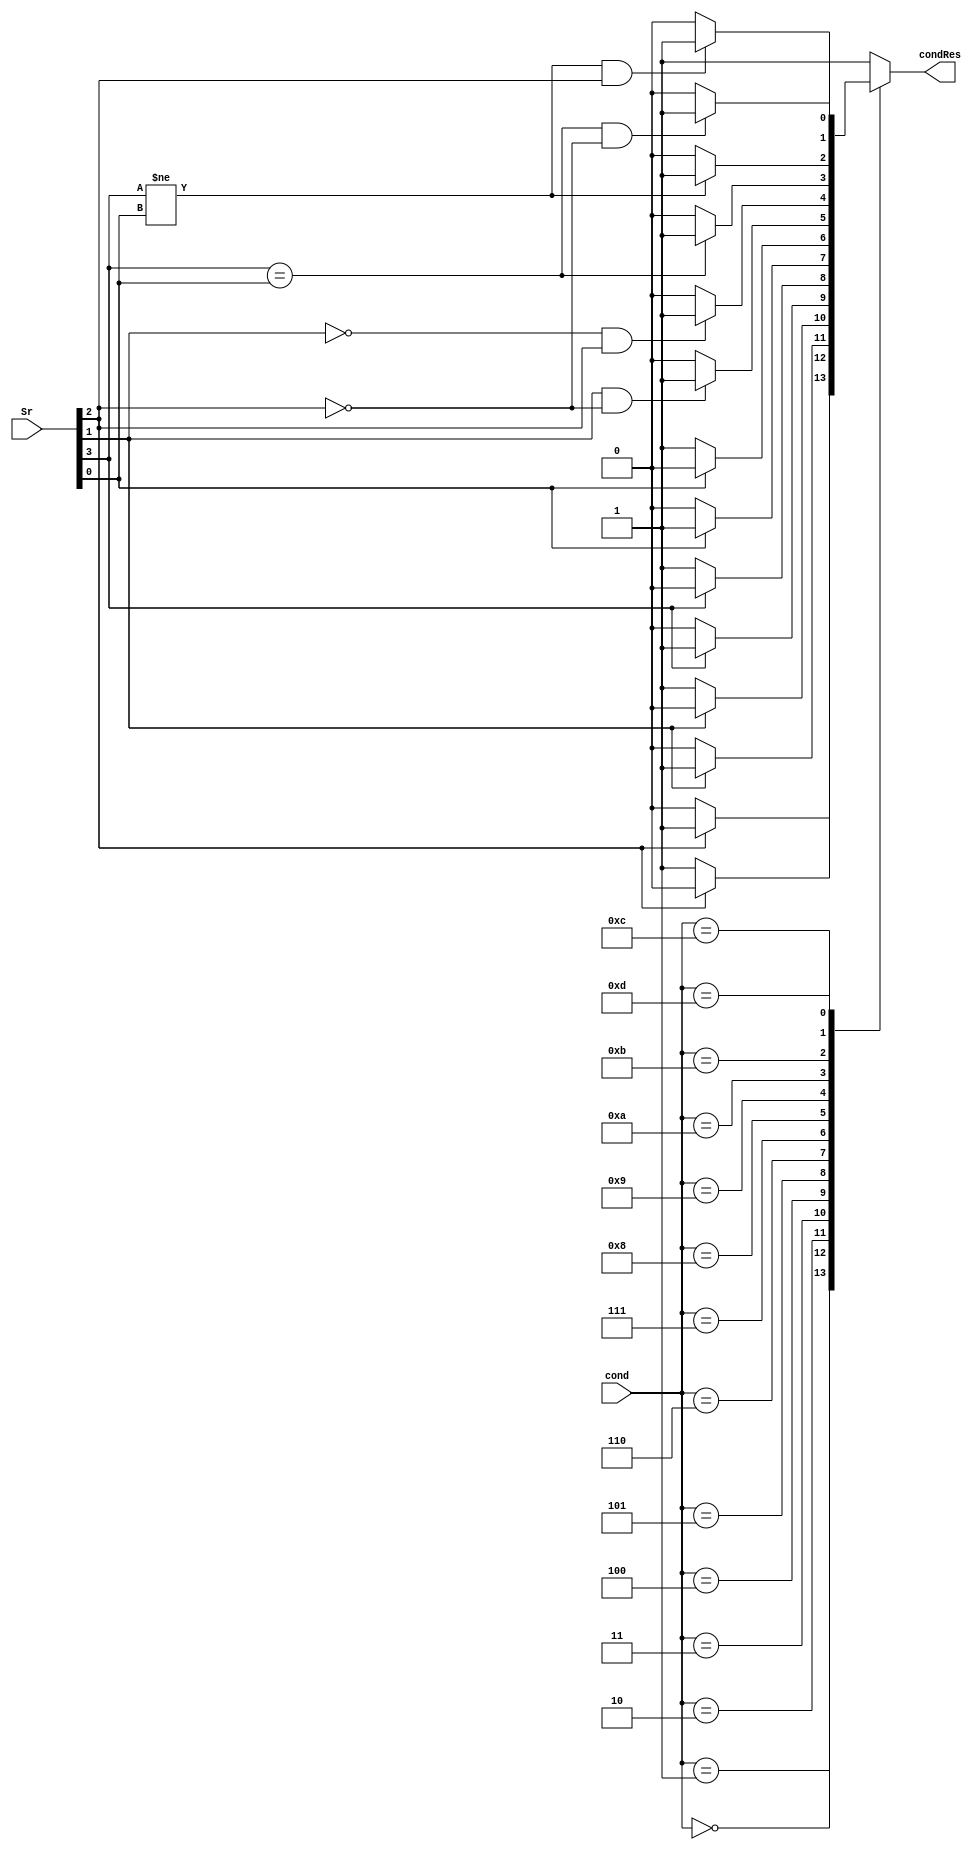
module ConditionCheck(
  input [3:0] cond, Sr,
  output reg condRes
);

reg _c, _z, _n, _v;
always @ ( * ) begin
  {_n, _z, _c, _v} = Sr;
  case(cond)
    4'b0000:begin condRes = _z == 1'b1 ? 1'b1: 1'b0; end
    4'b0001:begin condRes = _z == 1'b0 ? 1'b1: 1'b0; end
    4'b0010:begin condRes = _c == 1'b1 ? 1'b1: 1'b0; end
    4'b0011:begin condRes = _c == 1'b0 ? 1'b1: 1'b0; end
    4'b0100:begin condRes = _n == 1'b1 ? 1'b1: 1'b0; end
    4'b0101:begin condRes = _n == 1'b0 ? 1'b1: 1'b0; end
    4'b0110:begin condRes = _v == 1'b1 ? 1'b1: 1'b0; end
    4'b0111:begin condRes = _v == 1'b0 ? 1'b1: 1'b0; end
    4'b1000:begin condRes = (_c == 1'b1) && (_z == 1'b0) ? 1'b1: 1'b0; end
    4'b1001:begin condRes = (_c == 1'b0) && (_z == 1'b1) ? 1'b1: 1'b0; end
    4'b1010:begin condRes = (_n == _v) ? 1'b1: 1'b0; end
    4'b1011:begin condRes = (_n != _v) ? 1'b1: 1'b0; end
    4'b1100:begin condRes = (_n == _v) && (_z == 1'b0) ? 1'b1: 1'b0; end
    4'b1101:begin condRes = (_n != _v) && (_z == 1'b1) ? 1'b1: 1'b0; end
    4'b1110:begin condRes = 1'b1; end
    default:begin condRes = 1'b1; end
  endcase
end
// assign condRes = cond == 4'b1110 ? 1'b1 : cond == Sr ? 1'b1 : 1'b0;

endmodule